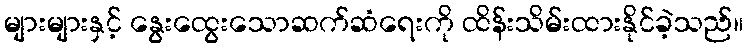
များများနှင့် နွေးထွေးသောဆက်ဆံရေးကို ထိန်းသိမ်းထားနိုင်ခဲ့သည်။